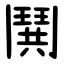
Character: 鬨